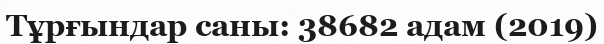
Тұрғындар саны: 38682 адам (2019)